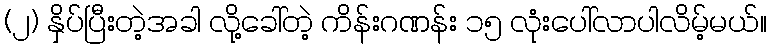
(၂) နှိပ်ပြီးတဲ့အခါ လို့ခေါ်တဲ့ ကိန်းဂဏန်း ၁၅ လုံးပေါ်လာပါလိမ့်မယ်။